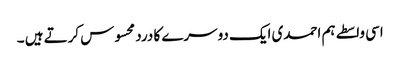
اسی واسطے ہم احمدی ایک دوسرے کا درد محسوس کرتے ہیں ۔